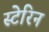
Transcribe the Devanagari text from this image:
स्टेरिन